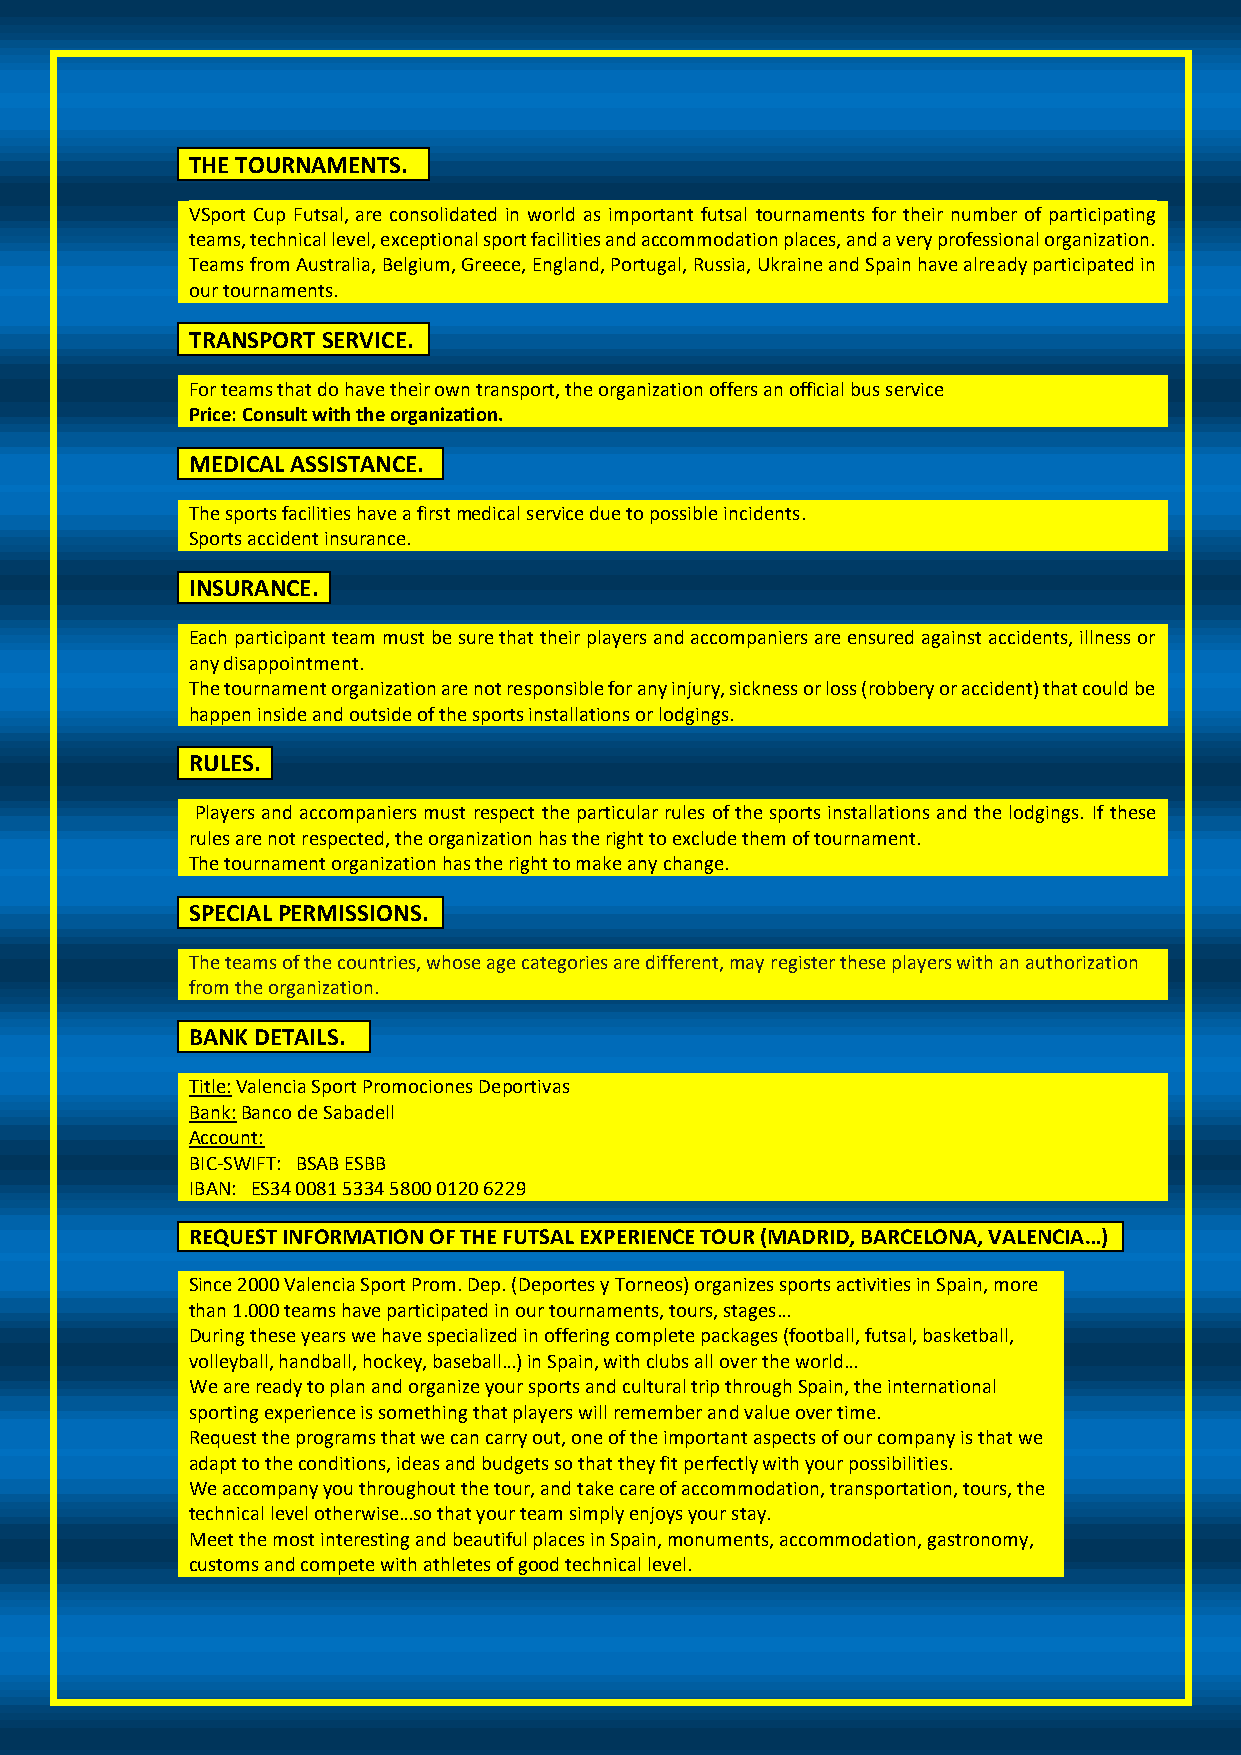
THE TOURNAMENTS.
 VSport Cup Futsal, are consolidated in world as important futsal tournaments for their number of participating
 teams, technical level, exceptional sport facilities and accommodation places, and a very professional organization.
 Teams from Australia, Belgium, Greece, England, Portugal, Russia, Ukraine and Spain have already participated in
 our tournaments.
 TRANSPORT SERVICE.
 For teams that do have their own transport, the organization offers an official bus service
 Price: Consult with the organization.
 MEDICAL ASSISTANCE.
 The sports facilities have a first medical service due to possible incidents.
 Sports accident insurance.
 INSURANCE.
 Each participant team must be sure that their players and accompaniers are ensured against accidents, illness or
 any disappointment.
 The tournament organization are not responsible for any injury, sickness or loss (robbery or accident) that could be
 happen inside and outside of the sports installations or lodgings.
 RULES.
 Players and accompaniers must respect the particular rules of the sports installations and the lodgings. If these
 rules are not respected, the organization has the right to exclude them of tournament.
 The tournament organization has the right to make any change.
 SPECIAL PERMISSIONS.
 The teams of the countries, whose age categories are different, may register these players with an authorization
 from the organization.
 BANK DETAILS.
 Title: Valencia Sport Promociones Deportivas
 Bank: Banco de Sabadell
 Account:
 BIC-SWIFT: BSAB ESBB
 IBAN: ES34 0081 5334 5800 0120 6229
 REQUEST INFORMATION OF THE FUTSAL EXPERIENCE TOUR (MADRID, BARCELONA, VALENCIA…)
 Since 2000 Valencia Sport Prom. Dep. (Deportes y Torneos) organizes sports activities in Spain, more
 than 1.000 teams have participated in our tournaments, tours, stages…
 During these years we have specialized in offering complete packages (football, futsal, basketball,
 volleyball, handball, hockey, baseball…) in Spain, with clubs all over the world…
 We are ready to plan and organize your sports and cultural trip through Spain, the international
 sporting experience is something that players will remember and value over time.
 Request the programs that we can carry out, one of the important aspects of our company is that we
 adapt to the conditions, ideas and budgets so that they fit perfectly with your possibilities.
 We accompany you throughout the tour, and take care of accommodation, transportation, tours, the
 technical level otherwise…so that your team simply enjoys your stay.
 Meet the most interesting and beautiful places in Spain, monuments, accommodation, gastronomy,
 customs and compete with athletes of good technical level.